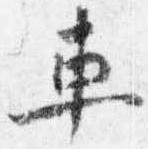
車